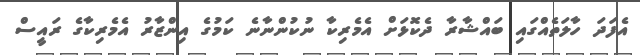
އެފަދަ ހާލަތެއްގައި ބައްޝާރާ ދެކޮޅަށް އެމެރިކާ ނުކުންނާނެ ކަމުގެ އިންޒާރު އެމެރިކާގެ ރައީސް